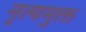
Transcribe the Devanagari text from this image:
नृत्यमुक्त